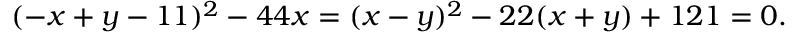
( - x + y - 1 1 ) ^ { 2 } - 4 4 x = ( x - y ) ^ { 2 } - 2 2 ( x + y ) + 1 2 1 = 0 .